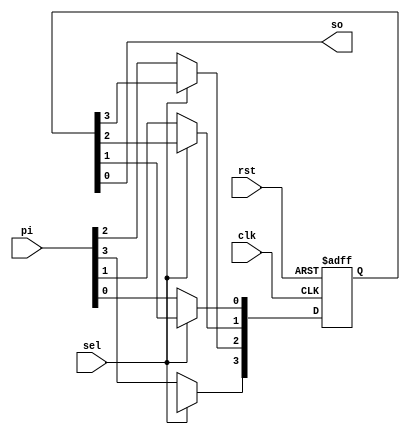
`timescale 1ns / 1ps

module piso(
    input clk,rst,
    input [3:0]pi,
    output so,
    input sel
);
reg[3:0]data;
always @(posedge clk, posedge rst)
begin 
   if(rst==1)//loading 
    data<=4'b0000;
   else if (sel==0)
   data<=pi;
    else
    begin//shifting
    data[3]<=1'bx;
    data[2]<=data[3];
    data[1]<=data[2];
    data[0]<=data[1];
//    so=data[0];
//    data<=data>>1;
    end
end
    assign so=data[0];
endmodule